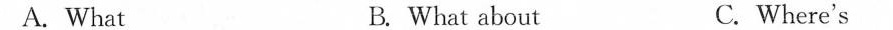
A. What B. What about C. Where's